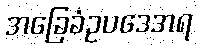
အခြေခံဥပဒေအရ